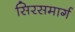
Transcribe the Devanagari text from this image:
सिरसमार्ग